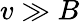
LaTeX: v\gg B